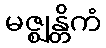
မဇ္ဈန္တိကံ